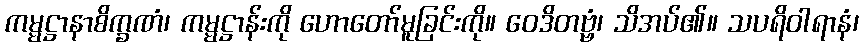
ကမ္မဋ္ဌာနာစိက္ခဏံ၊ ကမ္မဋ္ဌာန်းကို ဟောတော်မူခြင်းကို။ ဝေဒိတဗ္ဗံ၊ သိအပ်၏။ သပရိဝါရာနံ၊